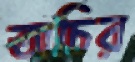
অচির